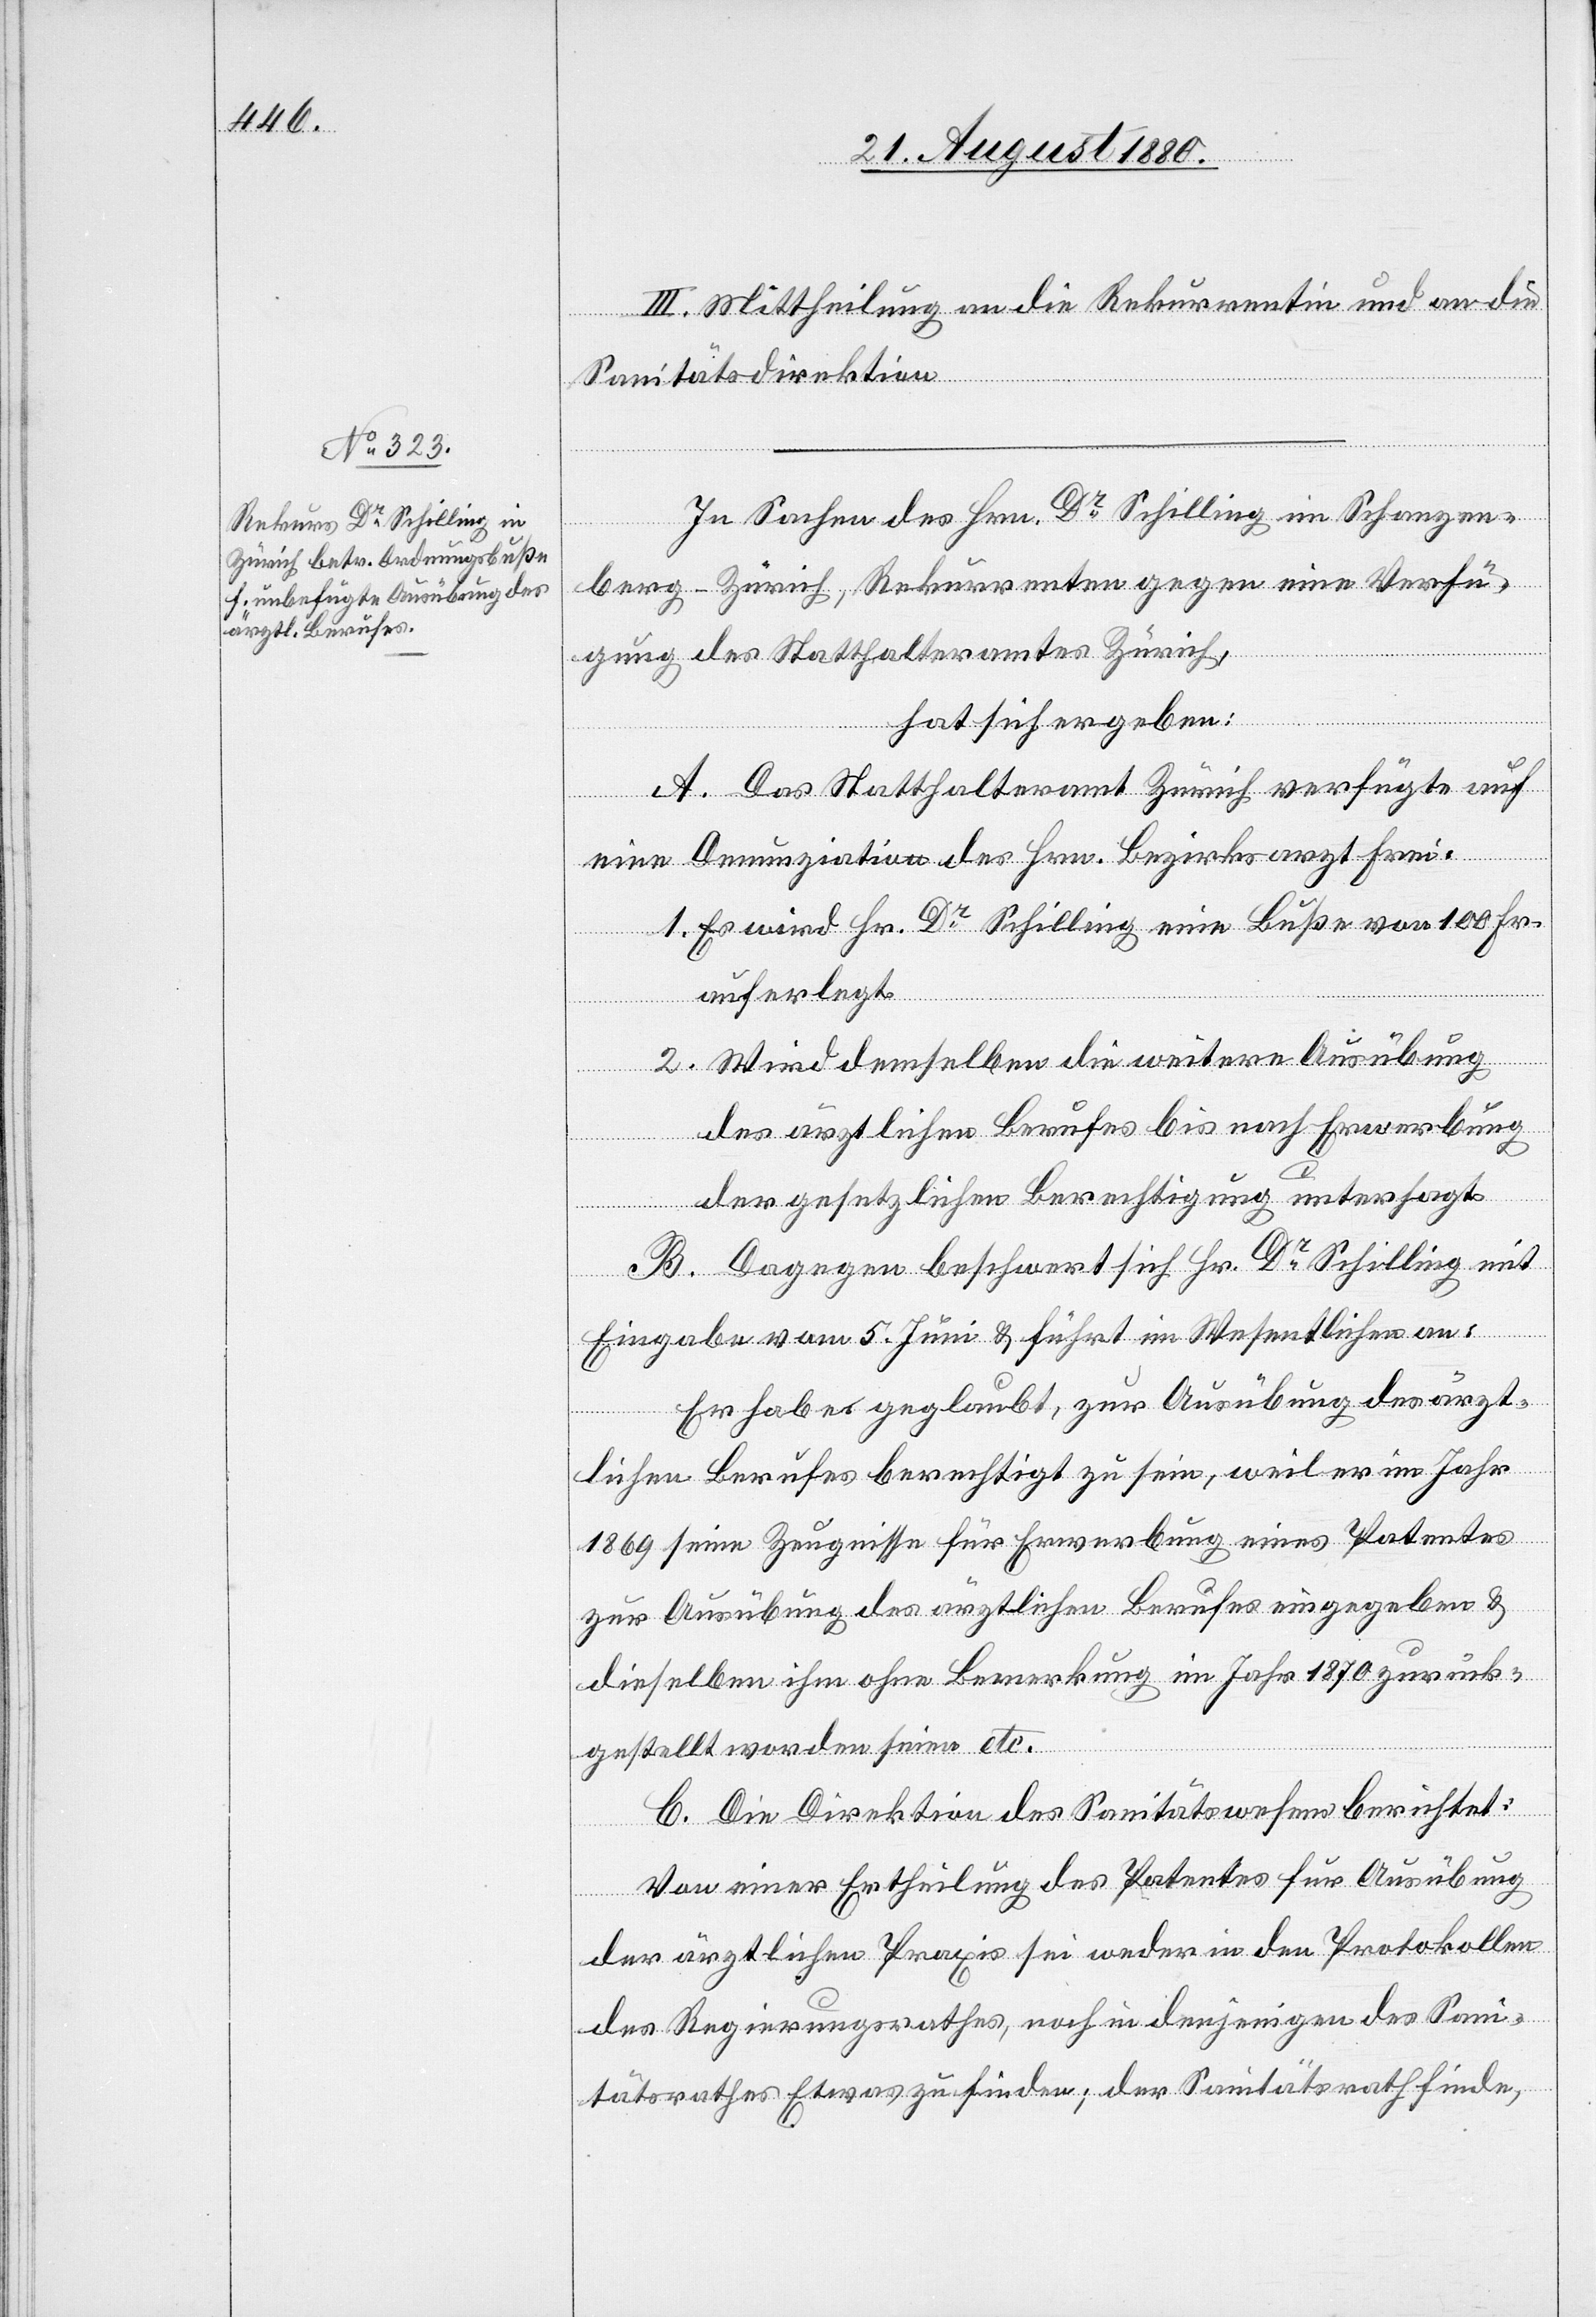
III. Mittheilung an die Rekurrentin und an die
Sanitätsdirektion.
In Sachen des Hrn. Dr Schilling im Schanzen¬
berg - Zürich, Rekurs gegen eine Verfü¬
gung des Statthalteramtes Zürich,
hat sich ergeben:
A. Das Statthalteramt Zürich verfügte auf
eine Denunziation des Hrn. Bezirksarzt Frei.
1. Es wird Hr. Dr Schilling eine Buße von 100 Fr.
auferlegt.
2. Wird demselben die weitere Ausübung
des ärztlichen Berufes bis nach Erwerbung
der gesetzlichen Berechtigung untersagt.
B. Dagegen beschwert sich Hr. Dr Schilling mit
Eingabe vom 5. Juni & führt im Wesentlichen an:
Er habe geglaubt, zur Ausübung des ärzt¬
lichen Berufes berechtigt zu sein, weil er im Jahr
1869 seine Zeugnisse für Erwerbung eines Patentes
zur Ausübung des ärztlichen Berufes eingegeben &
dieselben ihm ohne Bemerkung im Jahr 1870 zurück¬
gestellt worden seien etc.
C. Die Direktion des Sanitätswesens berichtet:
Von einer Ertheilung des Patentes für Ausübung
der ärztlichen Praxis sei weder in den Protokollen
des Regierungsrathes, noch in denjenigen des Sani¬
tätsrathes Etwas zu finden; der Sanitätsrath finde,